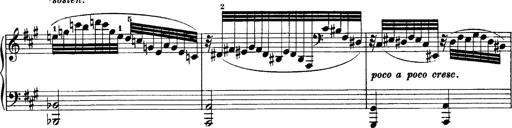
Title: Sonatina No.6
Composer: Ferruccio Busoni